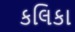
કલિકા